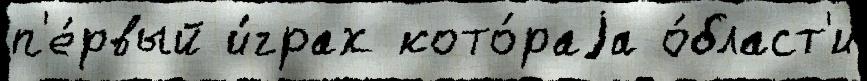
п'е́рвый и́грах кото́раjа о́бласт'и